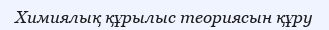
Химиялық құрылыс теориясын құру